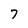
Character: 7